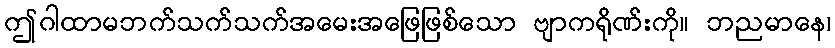
ဤဂါထာမဘက်သက်သက်အမေးအဖြေဖြစ်သော ဗျာကရိုဏ်းကို။ ဘညမာနေ၊